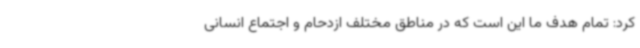
کرد: تمام هدف ما این است که در مناطق مختلف ازدحام و اجتماع انسانی